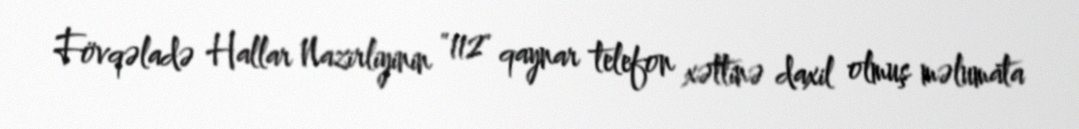
Fövqəladə Hallar Nazirliyinin "112" qaynar telefon xəttinə daxil olmuş məlumata